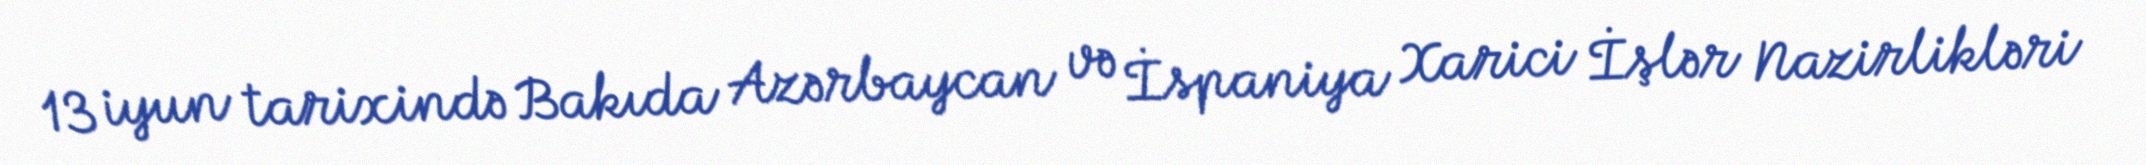
13 iyun tarixində Bakıda Azərbaycan və İspaniya Xarici İşlər Nazirlikləri